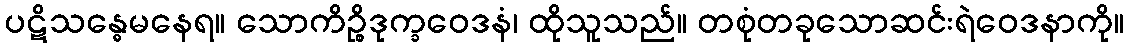
ပဋိသန္ဓေမနေရ။ သောကိဉ္စိဒုက္ခဝေဒနံ၊ ထိုသူသည်။ တစုံတခုသောဆင်းရဲဝေဒနာကို။